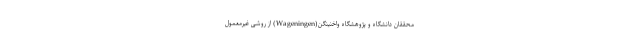
محققان دانشگاه و پژوهشگاه واخِنینگِن(Wageningen) از روشی غیرمعمول